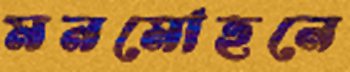
মনমোহনে